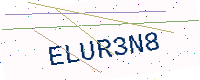
Text: ELUR3N8